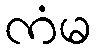
ကံမ